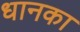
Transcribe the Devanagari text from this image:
धानका